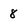
Character: 8